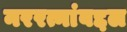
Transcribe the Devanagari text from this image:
नररत्नांबद्दल